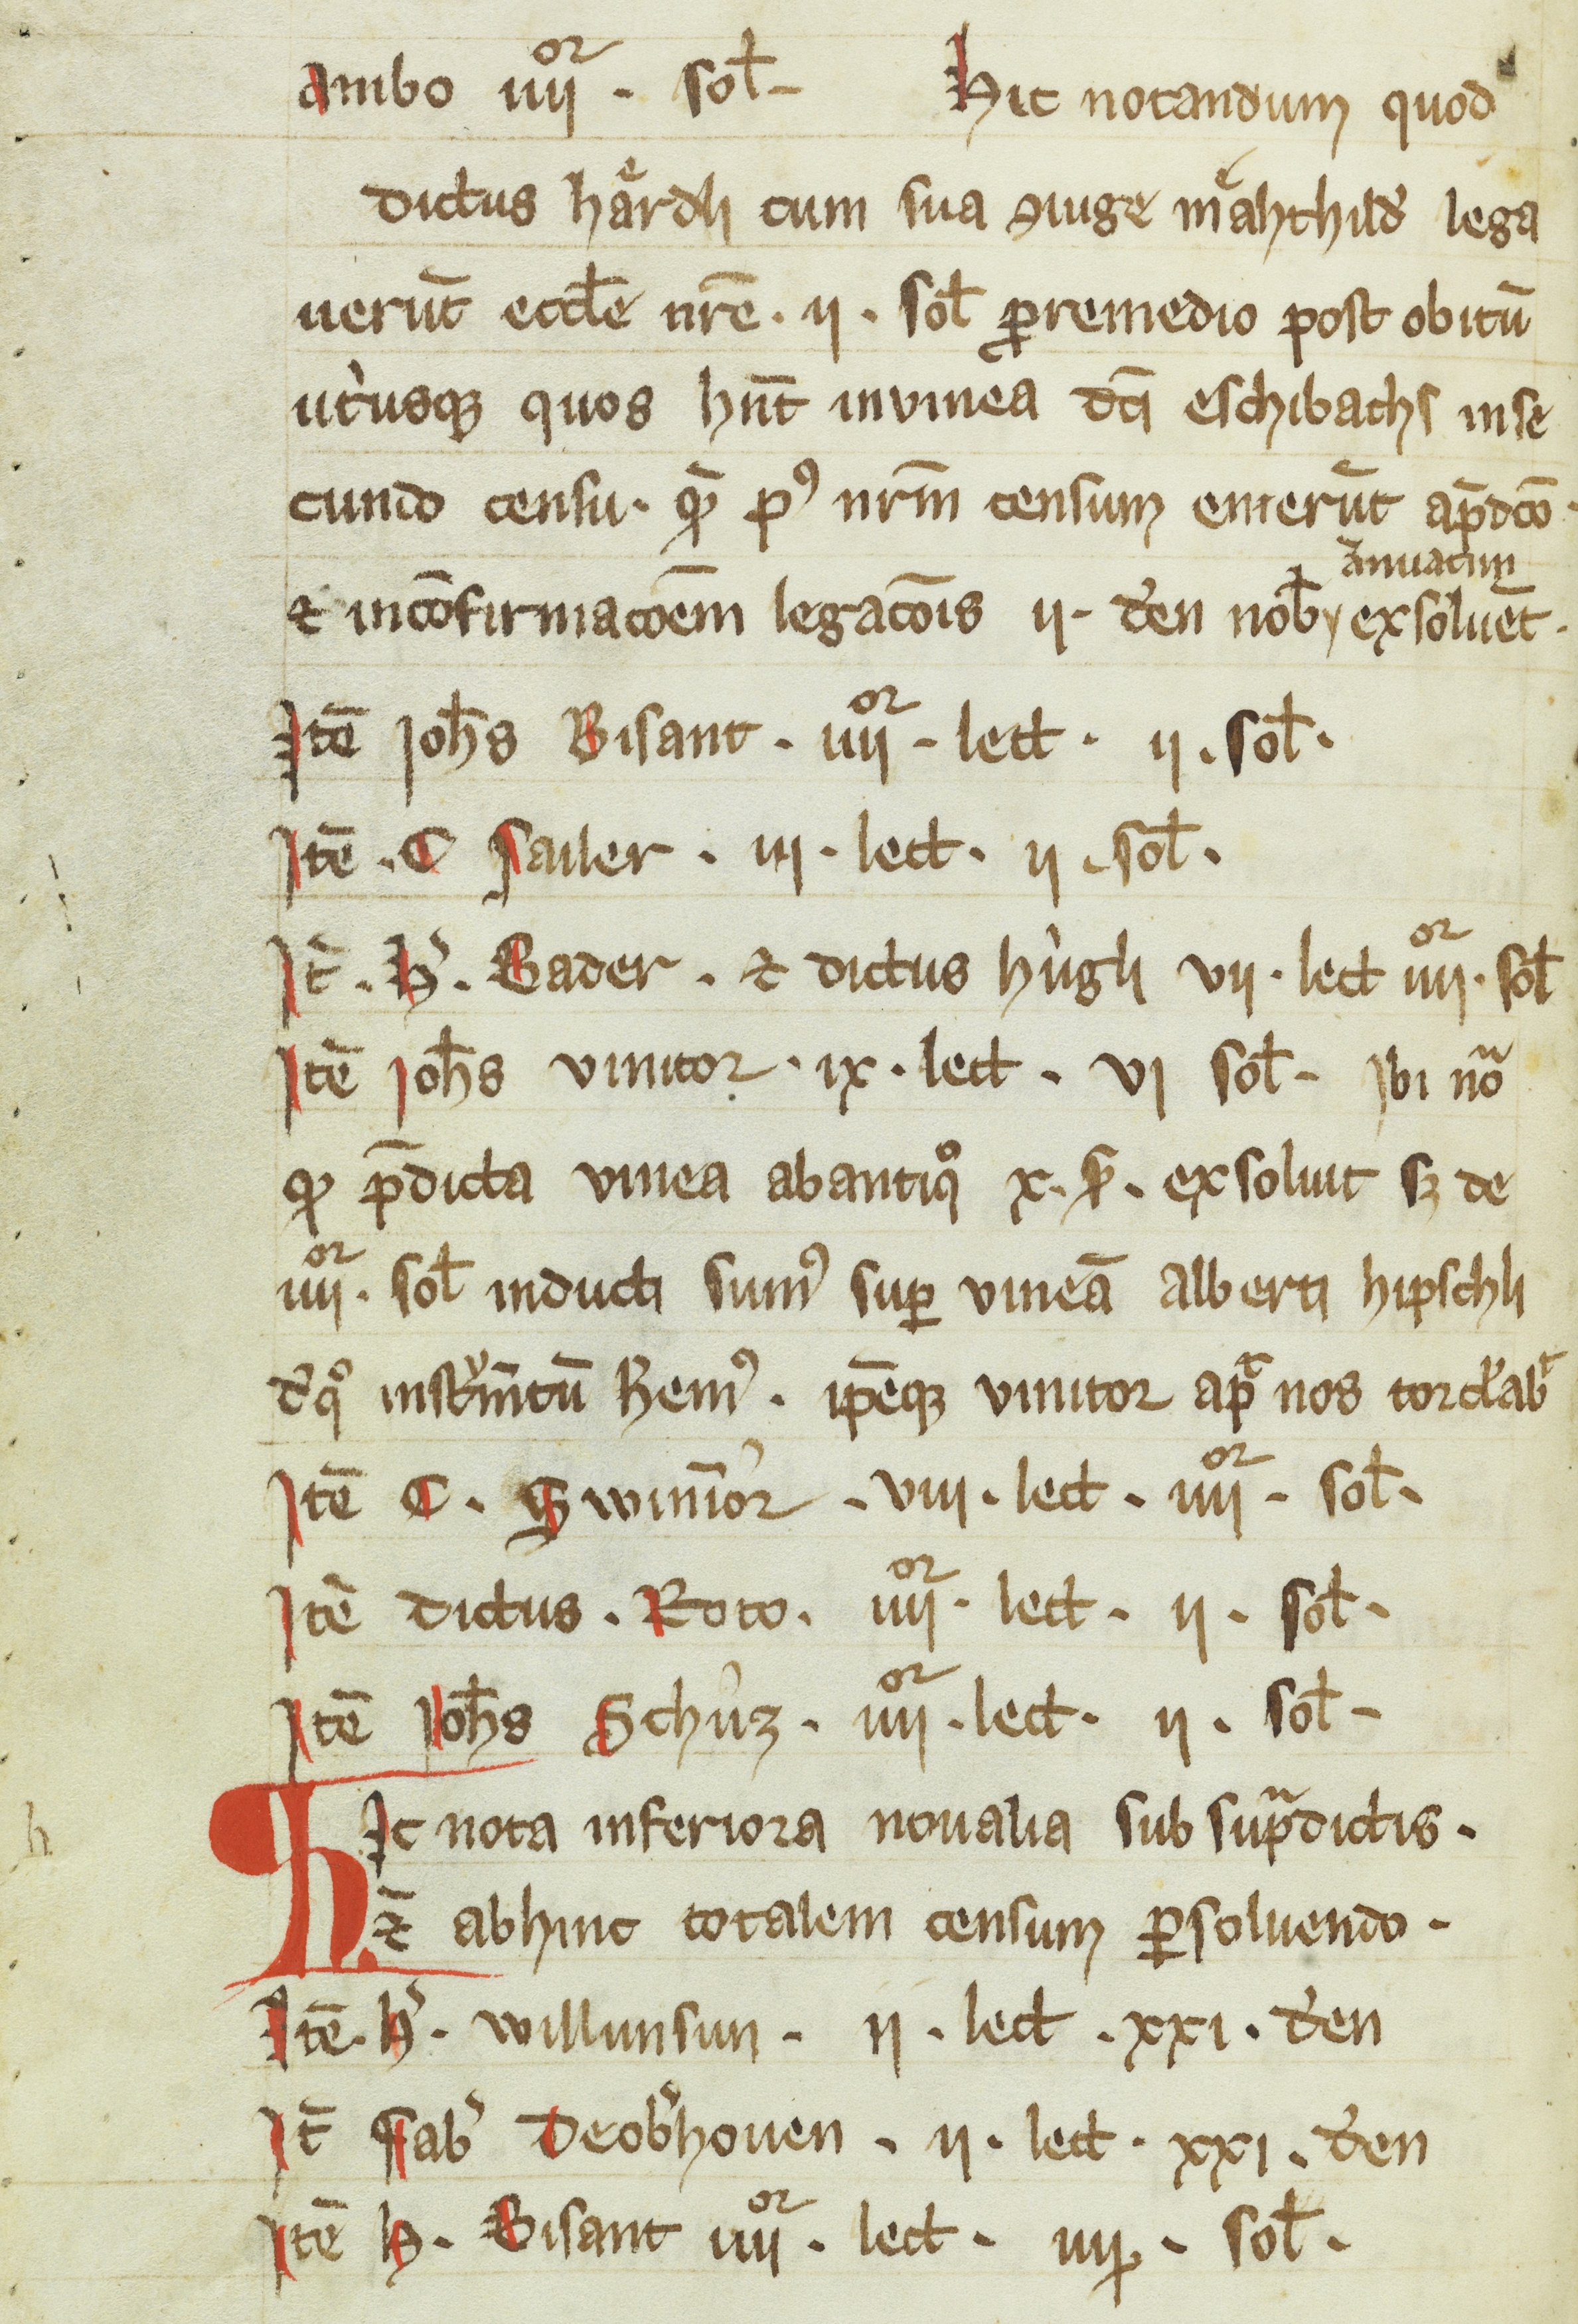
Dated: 1200–1399